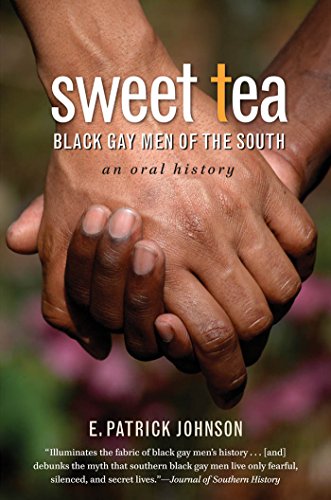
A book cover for Sweet Tea: Black Gay Men of the South; E. Patrick Johnson; Gay & Lesbian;